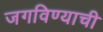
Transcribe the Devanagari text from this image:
जगविण्याची